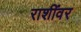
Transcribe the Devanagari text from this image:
राशींवर